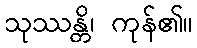
သုဿန္တိ၊ ကုန်၏။